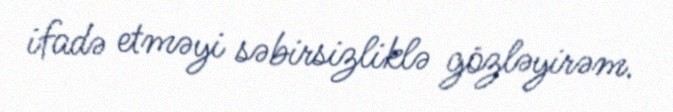
ifadə etməyi səbirsizliklə gözləyirəm.